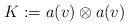
LaTeX: \begin{align*}K:=a(v)\otimes a(v)\end{align*}